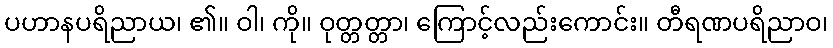
ပဟာနပရိညာယ၊ ၏။ ဝါ၊ ကို။ ဝုတ္တတ္တာ၊ ကြောင့်လည်းကောင်း။ တီရဏပရိညာဝ၊